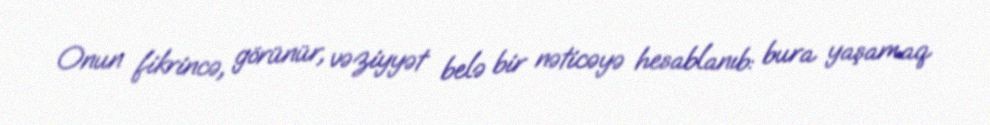
Onun fikrincə, görünür, vəziyyət belə bir nəticəyə hesablanıb: bura yaşamaq